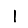
Digit: 1